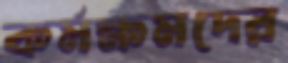
কর্মক্ষমদের